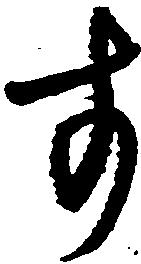
す